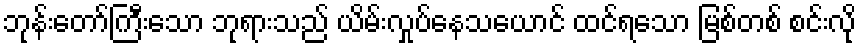
ဘုန်းတော်ကြီးသော ဘုရားသည် ယိမ်းလှုပ်နေသယောင် ထင်ရသော မြစ်တစ် စင်းလို